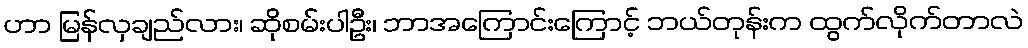
ဟာ မြန်လှချည်လား၊ ဆိုစမ်းပါဦး၊ ဘာအကြောင်းကြောင့် ဘယ်တုန်းက ထွက်လိုက်တာလဲ